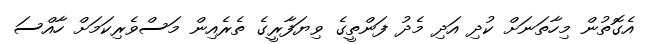
އެގޮތުން މިހާތަނަށް ކުދި އަދި މެދު ފަންތީގެ ވިޔަފާރީގެ ތެރެއިން މަސްވެރިކަމަށް ހާއްސަ